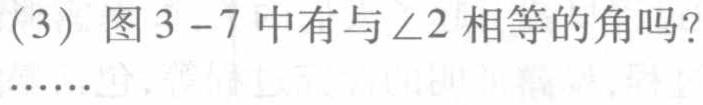
(3) 图3 - 7中有与$\angle2$相等的角吗？……